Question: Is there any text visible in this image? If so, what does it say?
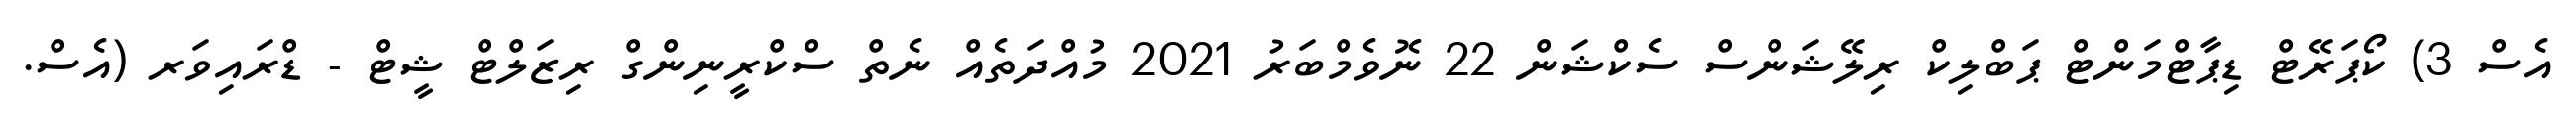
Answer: އެސް 3) ކޯޕަރޭޓް ޑިޕާޓްމަންޓް ޕަބްލިކް ރިލޭޝަންސް ސެކްޝަން 22 ނޮވެމްބަރު 2021 މުއްދަތެއް ނެތް ސްކްރީނިންގް ރިޒަލްޓް ޝީޓް - ޑްރައިވަރ (އެސް.